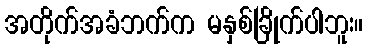
အတိုက်အခံဘက်က မနှစ်ခြိုက်ပါဘူး။